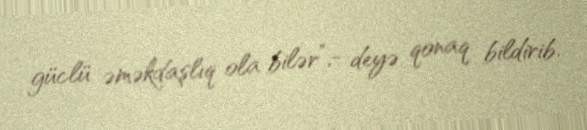
güclü əməkdaşlıq ola bilər”,- deyə qonaq bildirib.